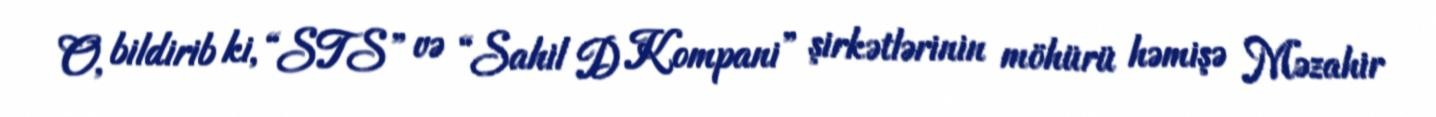
O, bildirib ki, “STS” və “Sahil D Kompani” şirkətlərinin möhürü həmişə Məzahir